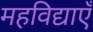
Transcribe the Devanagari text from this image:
महविद्याएँ